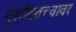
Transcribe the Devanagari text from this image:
गृहीततत्त्वावर